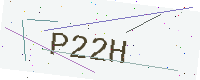
Text: P22H